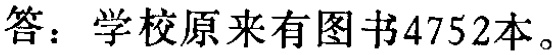
答：学校原来有图书4752本。